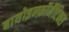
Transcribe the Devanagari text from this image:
बायोइन्फ़ॉर्मैटिक्स